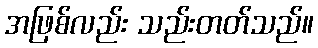
အဖြစ်လည်း သည်းတတ်သည်။